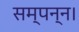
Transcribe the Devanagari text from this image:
सम्पन्न।